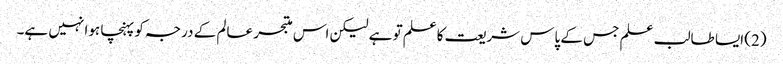
(2) ایسا طالب علم جس کے پاس شریعت کاعلم تو ہے لیکن اس متبحر عالم کے درجہ کو پہنچا ہوا نہیں ہے۔